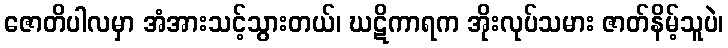
ဇောတိပါလမှာ အံအားသင့်သွားတယ်၊ ဃဋိကာရက အိုးလုပ်သမား ဇာတ်နိမ့်သူပဲ၊